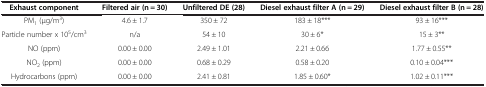
| Exhaust component | Filtered air (n = 30) | Unfiltered DE (28) | Diesel exhaust filter A (n = 29) | Diesel exhaust filter B (n = 28) |
 | --- | --- | --- | --- | --- |
 | PM1 (μg/m3) | 4.6 ± 1.7 | 350 ± 72 | 183 ± 18*** | 93 ± 16*** |
 | Particle number x 105/cm3 | n/a | 54 ± 10 | 30 ± 6* | 15 ± 3** |
 | NO (ppm) | 0.00 ± 0.00 | 2.49 ± 1.01 | 2.21 ± 0.66 | 1.77 ± 0.55** |
 | NO2 (ppm) | 0.00 ± 0.00 | 0.68 ± 0.29 | 0.58 ± 0.20 | 0.10 ± 0.04*** |
 | Hydrocarbons (ppm) | 0.00 ± 0.00 | 2.41 ± 0.81 | 1.85 ± 0.60* | 1.02 ± 0.11*** |